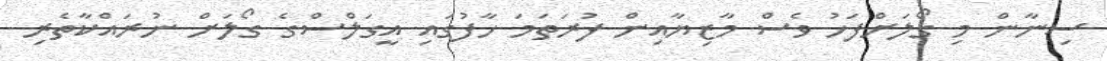
ސިނާން މި ގޯލަށްފަހު ވެސް މާޒިޔާއިން ފުރަތަމަ ހާފުގައި އީގަލްސްގެ ގޯލަށް ނުރައްކާތެރި